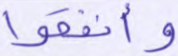
وأنفقوا